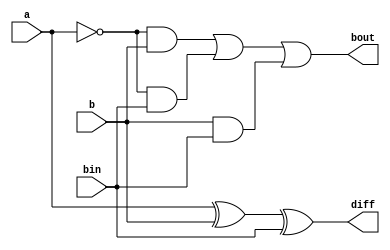
`timescale 1ns/1ps
module full_subtractor_structural (
  input a,    // Input 'a'
  input b,    // Input 'b'
  input bin,  // Borrow-in 'bin'
  output diff,   // Output 'diff' (Difference)
  output bout // Output 'bout' (Borrow-out)
);

  xor gate_xor1 (diff1, a, b);          // XOR gate for first difference
  xor gate_xor2 (diff, diff1, bin);     // XOR gate for final difference
  and gate_and1 (and1, ~a, b);          // AND gate for first borrow-out term
  and gate_and2 (and2, ~a, bin);        // AND gate for second borrow-out term
  and gate_and3 (and3, b, bin);         // AND gate for third borrow-out term
  or gate_or (bout, and1, and2, and3);  // OR gate for final borrow-out

endmodule